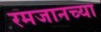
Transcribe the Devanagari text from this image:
रमजानच्या